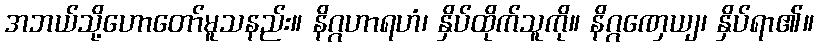
အဘယ်သို့ဟောတော်မူသနည်း။ နိဂ္ဂဟာရဟံ၊ နှိပ်ထိုက်သူကို။ နိဂ္ဂဏှေယျ၊ နှိပ်ရာ၏။